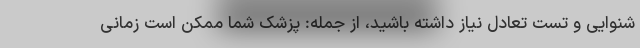
شنوایی و تست تعادل نیاز داشته باشید، از جمله: پزشک شما ممکن است زمانی